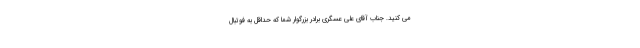
می کنید. جناب آقای علی عسگری برادر بزرگوار شما که حداقل به فوتبال